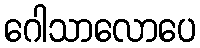
ဂေါသာလောပေ